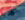
كاذبه